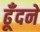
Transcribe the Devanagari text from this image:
ढूँदने